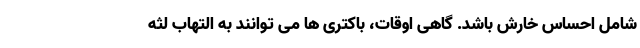
شامل احساس خارش باشد. گاهی اوقات، باکتری ها می توانند به التهاب لثه